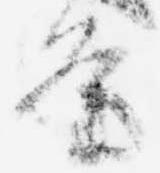
条